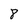
Character: 8